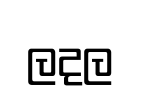
ලදල